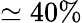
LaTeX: \simeq 40\%